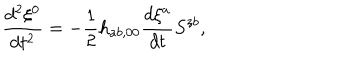
\frac { d ^ { 2 } \xi ^ { 0 } } { d t ^ { 2 } } = - \frac { 1 } { 2 } h _ { a b , 0 0 } \frac { d \xi ^ { a } } { d t } S ^ { z b } ,